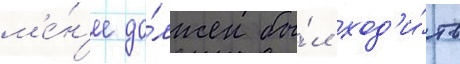
м'е́н'ее до́лжен бы́л ход'и́ть